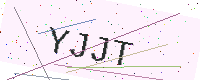
Text: YJJT